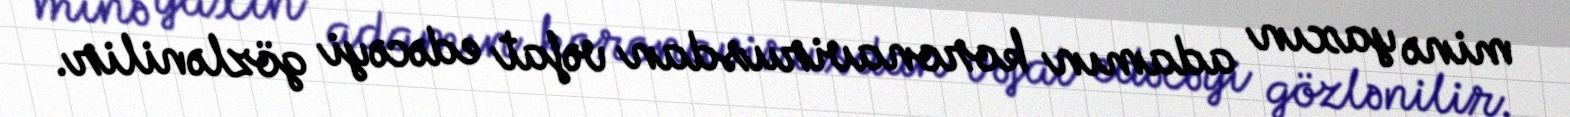
minə yaxın adamın koronavirusdan vəfat edəcəyi gözlənilir.